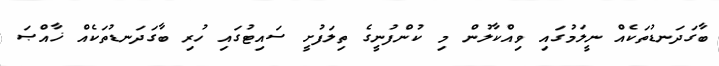
ބާގަދަނޑުތަކެއް ނީލަމުގައި ވިއްކާލުން މިި ކުންފުނީގެ ތިލަފުށީ ސައިޓުގައި ހުރި ބާގަދަނޑުތަކެއް ޚާއްޞަ